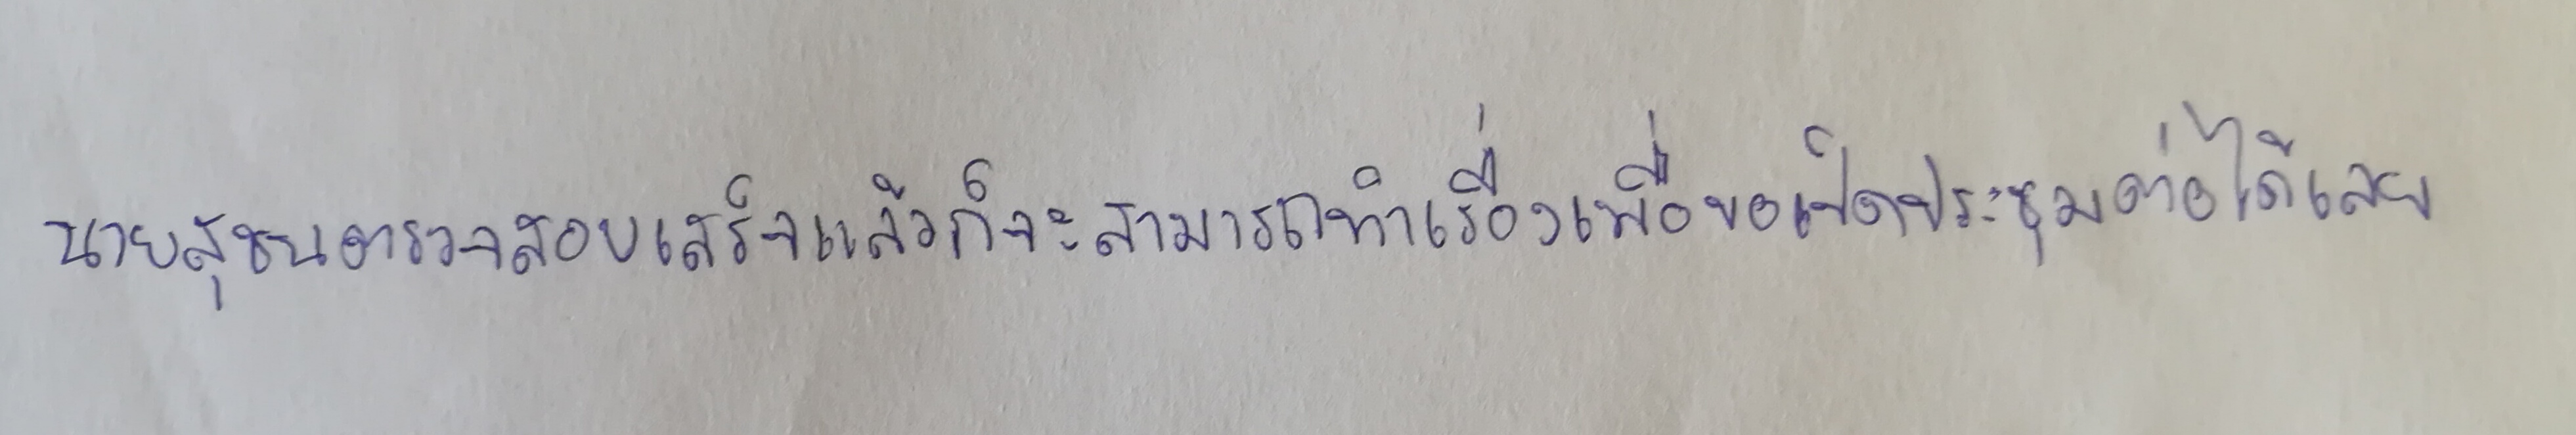
นายสุชนตรวจสอบเสร็จแล้วก็จะสามารถทำเรื่องเพื่อขอเปิดประชุมต่อได้เลย